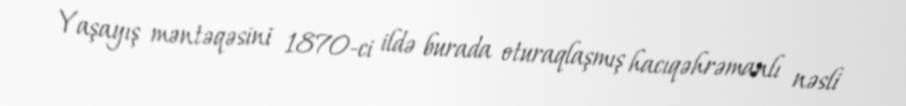
Yaşayış məntəqəsini 1870-ci ildə burada oturaqlaşmış hacıqəhrəmanlı nəsli